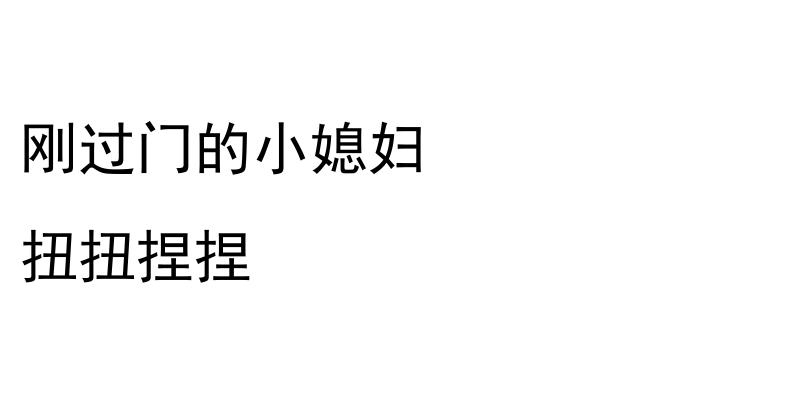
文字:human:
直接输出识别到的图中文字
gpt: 刚过门的小媳妇 扭扭捏捏